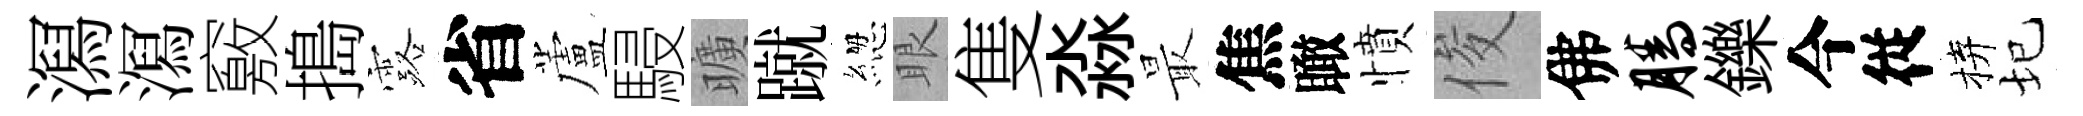
㵼㵼竅搗露省蘆駸曠蹴緫眼隻淼最焦瞰憤俊佛腾鑠今従拚圮